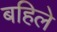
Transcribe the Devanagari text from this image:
बहिले